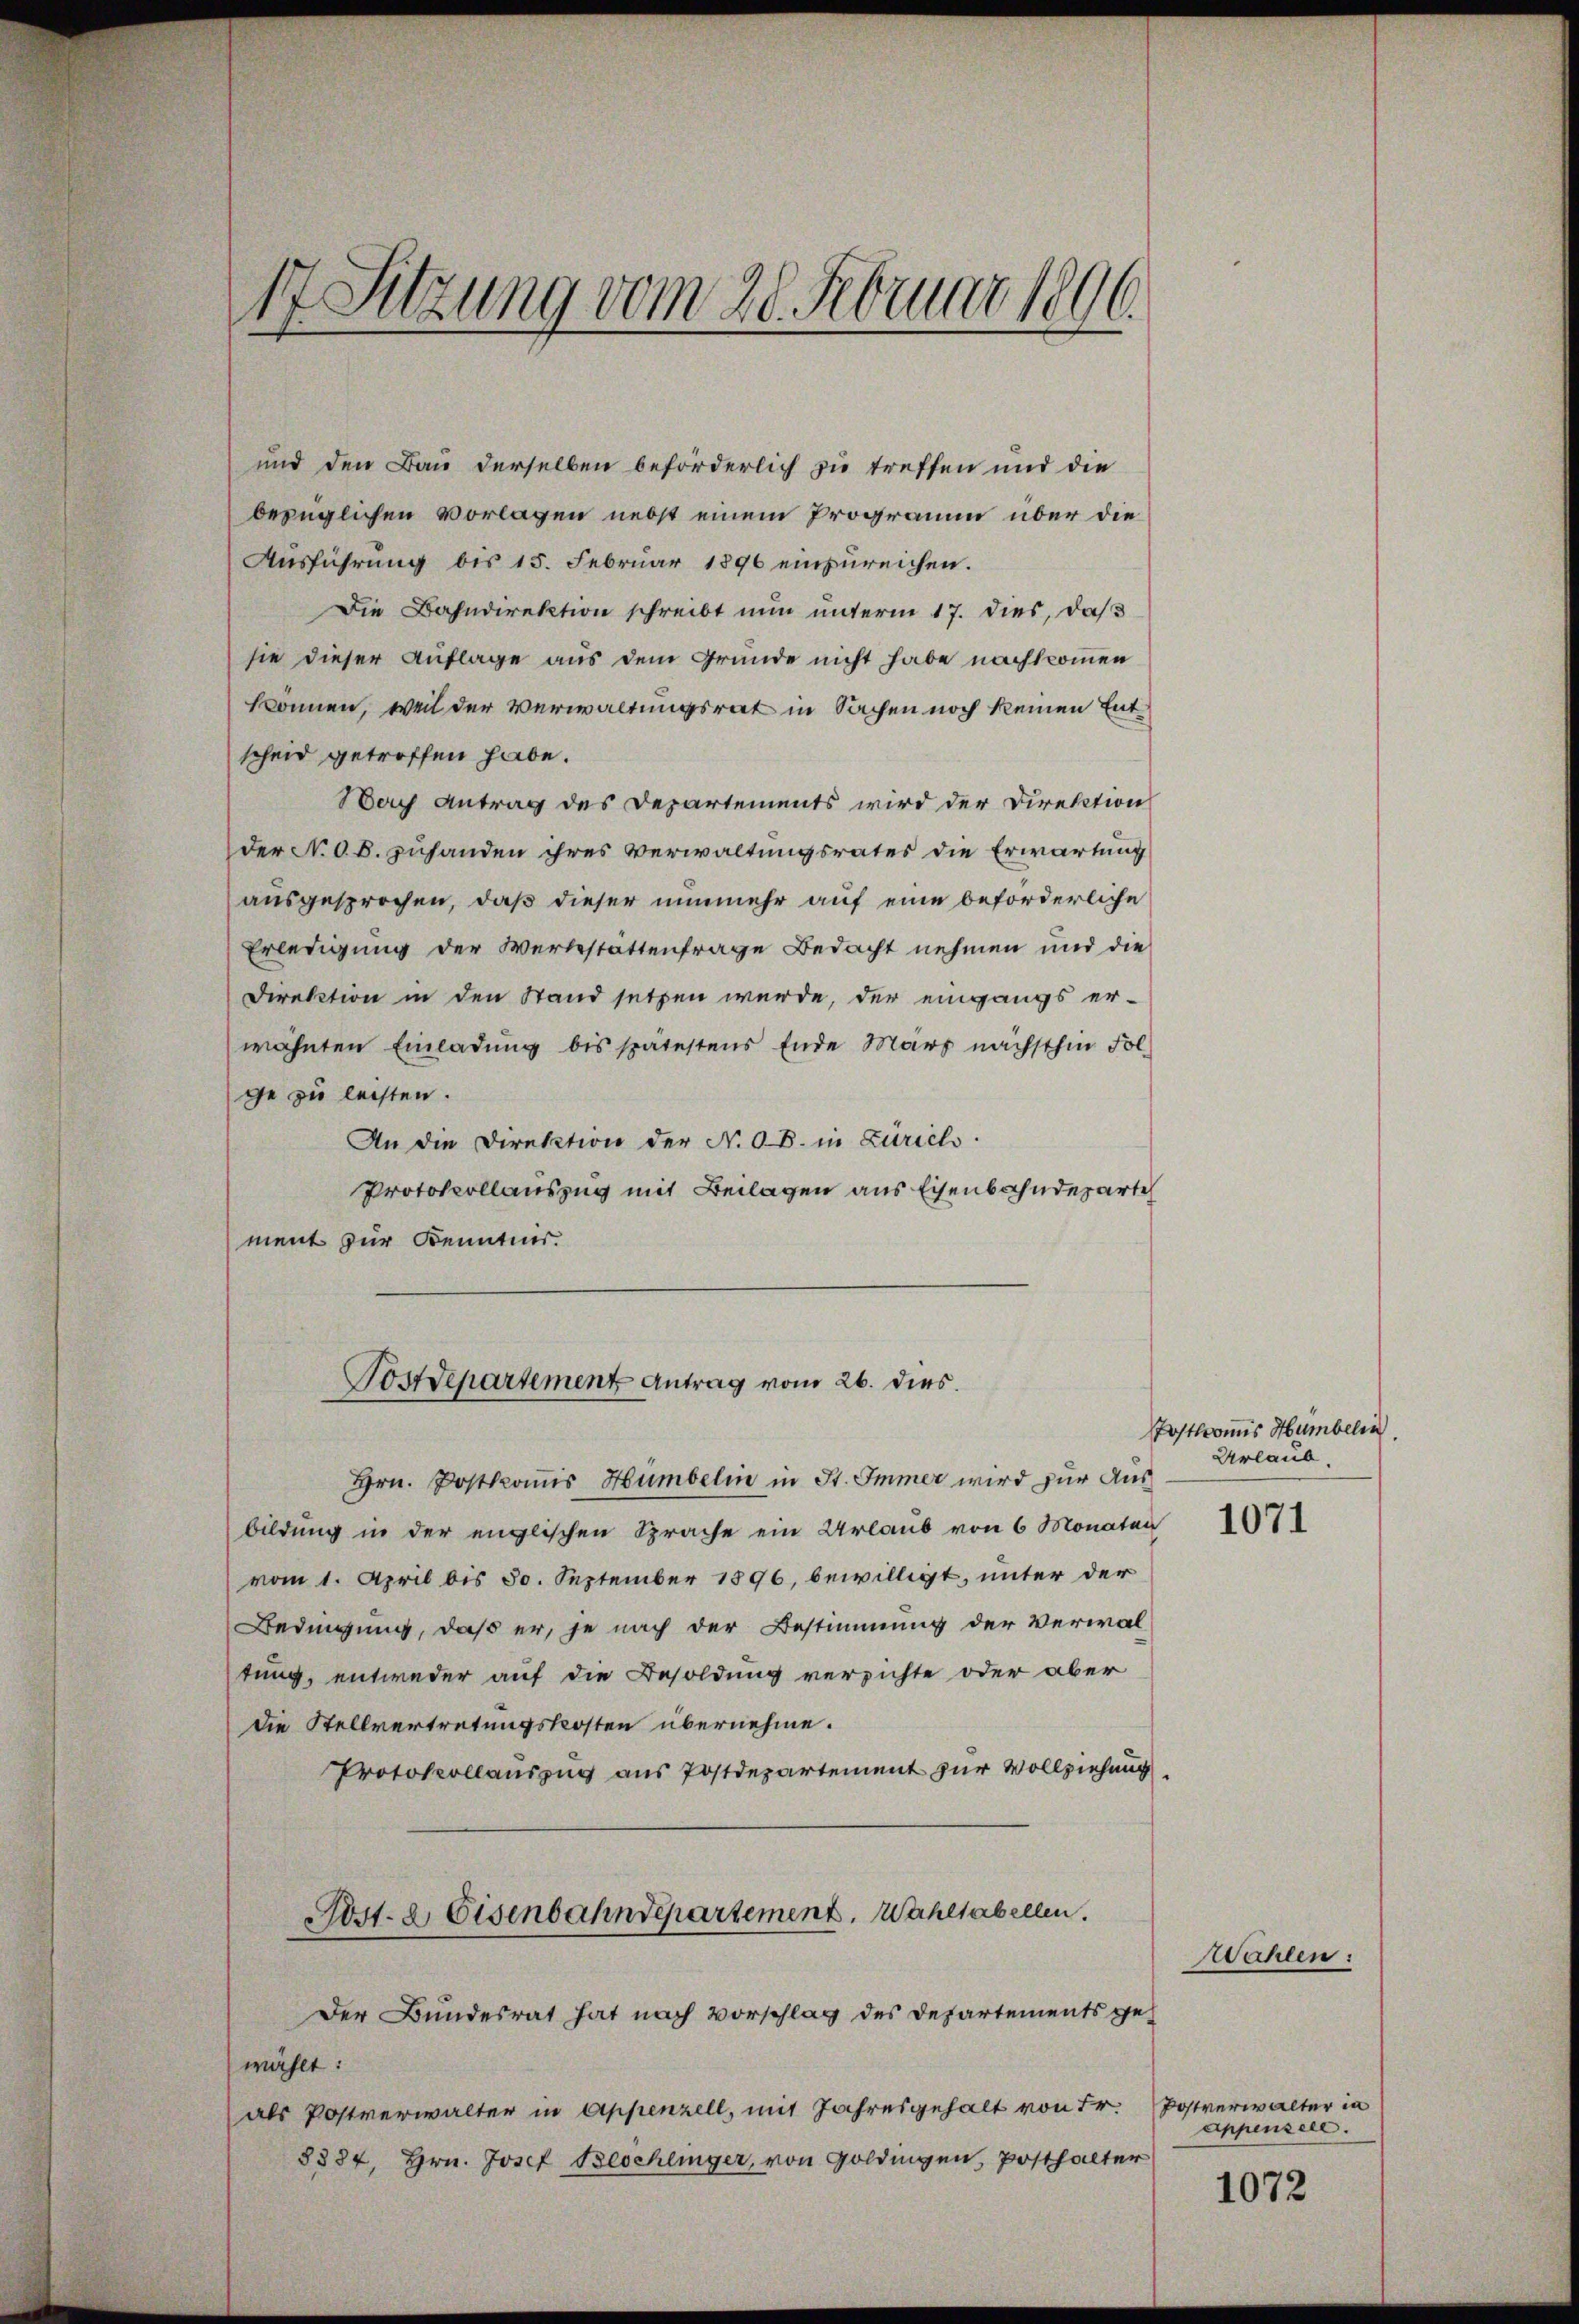
17 Sitzung vom 28. Februar 1806.

und den Bau derselben beförderlich zu treffen und die
bezüglichen Vorlagen nebst einem Programm über die
Ausführung bis 15. Februar 1896 einzureichen.
Die Bahndirektion schreibt nun unterm 17. dies, daß
sie dieser Auflage aus dem Grunde nicht habe nachkommen
können, weil der Verwaltungsrat in Sachen noch keinen Entscheid getroffen habe.
Nach Antrag des Departements wird der Direktion
der N.O.B. zuhanden ihres Verwaltungsrates die Erwartung
ausgesprochen, daß dieser nunmehr auf eine beförderliche
Erledigung der Verbestättenfrage Bedacht nehmen und die
Direktion in den Stand setzen werde, der eingangs er-
wähnten Einladung bis spätestens Ende März nächsthin Fol
ge zu leisten.
An die Direktion der N. OB. in Zürich
Protokollauszug mit Beilagen aus Eisenbahndeparte
ment zur Kenntnis.
Postdepartement Antrag vom 26. dies.
Hrn. Postkommis Hümbelin in St. Immer wird zur Ausbildung in der englischen Sprache ein Urlaub von 6 Monaten
vom 1. April bis 30. September 1896, bewilligt, unter der
Bedingung, daß er, je nach der Bestimmung der Verwaltung, entweder auf die Besoldung verzichte oder aber
die Stellvertretungskosten übernehme.
Protokollauszug aus Postdepartement zur Vollziehung
Post. 2. Eisenbahndepartement. Wahlsabellen.
Der Bundesrat hat nach Vorschlag des Departements ge-
wählt:
als Postverwalter in Appenzell, mit Jahresgehalt von Fr. Postverwalter in
8884, Hrn. Josef Beschlinger, von Goldingen Posthalter

Postkomis Hümbelin
Urlaub.

1071

Wahlen:

Appensele.

1072